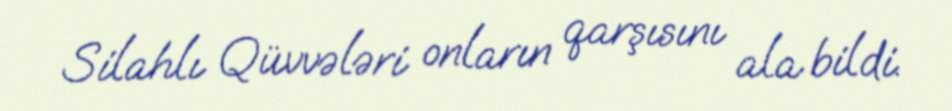
Silahlı Qüvvələri onların qarşısını ala bildi.